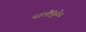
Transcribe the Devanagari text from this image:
चालींमुळेच